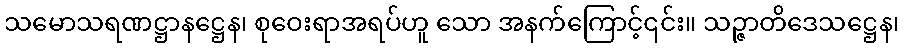
သမောသရဏဋ္ဌာနဋ္ဌေန၊ စုဝေးရာအရပ်ဟူ သော အနက်ကြောင့်၎င်း။ သဉ္ဇာတိဒေသဋ္ဌေန၊